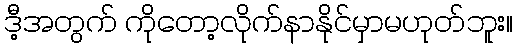
ဒီ့အတွက် ကိုတော့လိုက်နာနိုင်မှာမဟုတ်ဘူး။